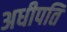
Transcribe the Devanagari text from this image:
अधीपति